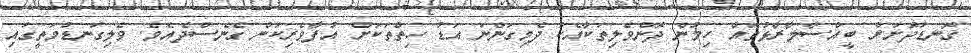
ގޮނޑުދޮށަށް ބީއްސާލާރާޅުތައް ހިމުން ދޮންވެލިތަކާއެކު ދެމިގަންނަ އަޑު ހިތްތަކަށް އުފާވެރިކަން ގެނެސްދެއެވެ. ވެލިގަނޑުމަތީގައި